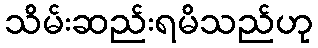
သိမ်းဆည်းရမိသည်ဟု